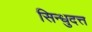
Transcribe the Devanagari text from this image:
सिन्धुदत्त